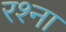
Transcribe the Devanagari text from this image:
रश्ना